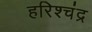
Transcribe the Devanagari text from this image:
हरिश्‍चंद्र